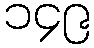
၁၄၉